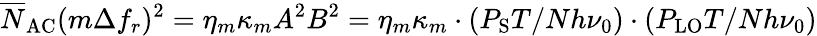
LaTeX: \overline{N}_{\mathrm{AC}}(m\Delta f_{r})^{2}=\eta_{m}\kappa_{m}A^{2}B^{2}=\eta_{m}\kappa_{m}\cdot(P_{\mathrm{S}}T/Nh\nu_{0})\cdot(P_{\mathrm{LO}}T/Nh\nu_{0})